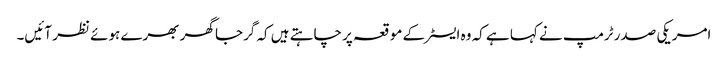
امریکی صدر ٹرمپ نے کہا ہے کہ وہ ایسٹر کے موقعہ پر چاہتے ہیں کہ گرجا گھر بھرے ہوئے نظر آئیں۔